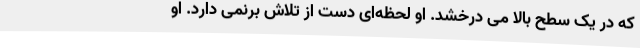
که در یک سطح بالا می درخشد. او لحظه‌ای دست از تلاش برنمی دارد. او